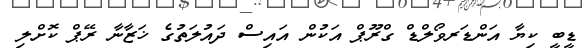
ޑީބީ ކިޔާ އަންޑަރވޯލްޑް ގްރޫޕް އަކުން އައިސް ދައުލަތުގެ ޚަޒާނާ ރޭޕް ކޮށްލި